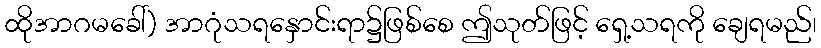
ထိုအာဂမခေါ်) အာဂုံသရနှောင်းရာ၌ဖြစ်စေ ဤသုတ်ဖြင့် ရှေ့သရကို ချေရမည်၊